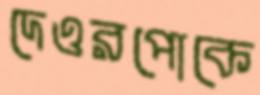
দেওরপোকে